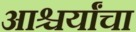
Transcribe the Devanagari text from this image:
आश्चर्यांचा